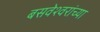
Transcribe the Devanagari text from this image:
बसवेश्वरांच्या